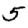
Digit: 5